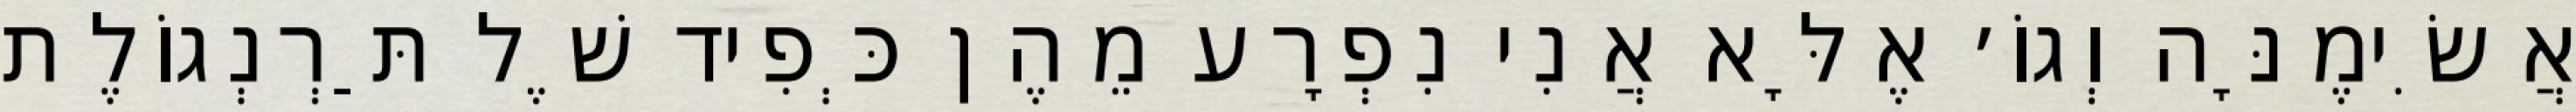
אֲשִׂימֶנָּה וְגוֹ׳ אֶלָּא אֲנִי נִפְרָע מֵהֶן כְּפִיד שֶׁל תַּרְנְגוֹלֶת